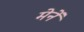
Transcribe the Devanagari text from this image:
मेनें